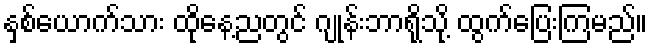
နှစ်ယောက်သား ထိုနေ့ညတွင် ဂျုန်းဘာရိုသို့ ထွက်ပြေးကြမည်။